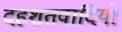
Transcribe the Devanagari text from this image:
दहशतवादियों